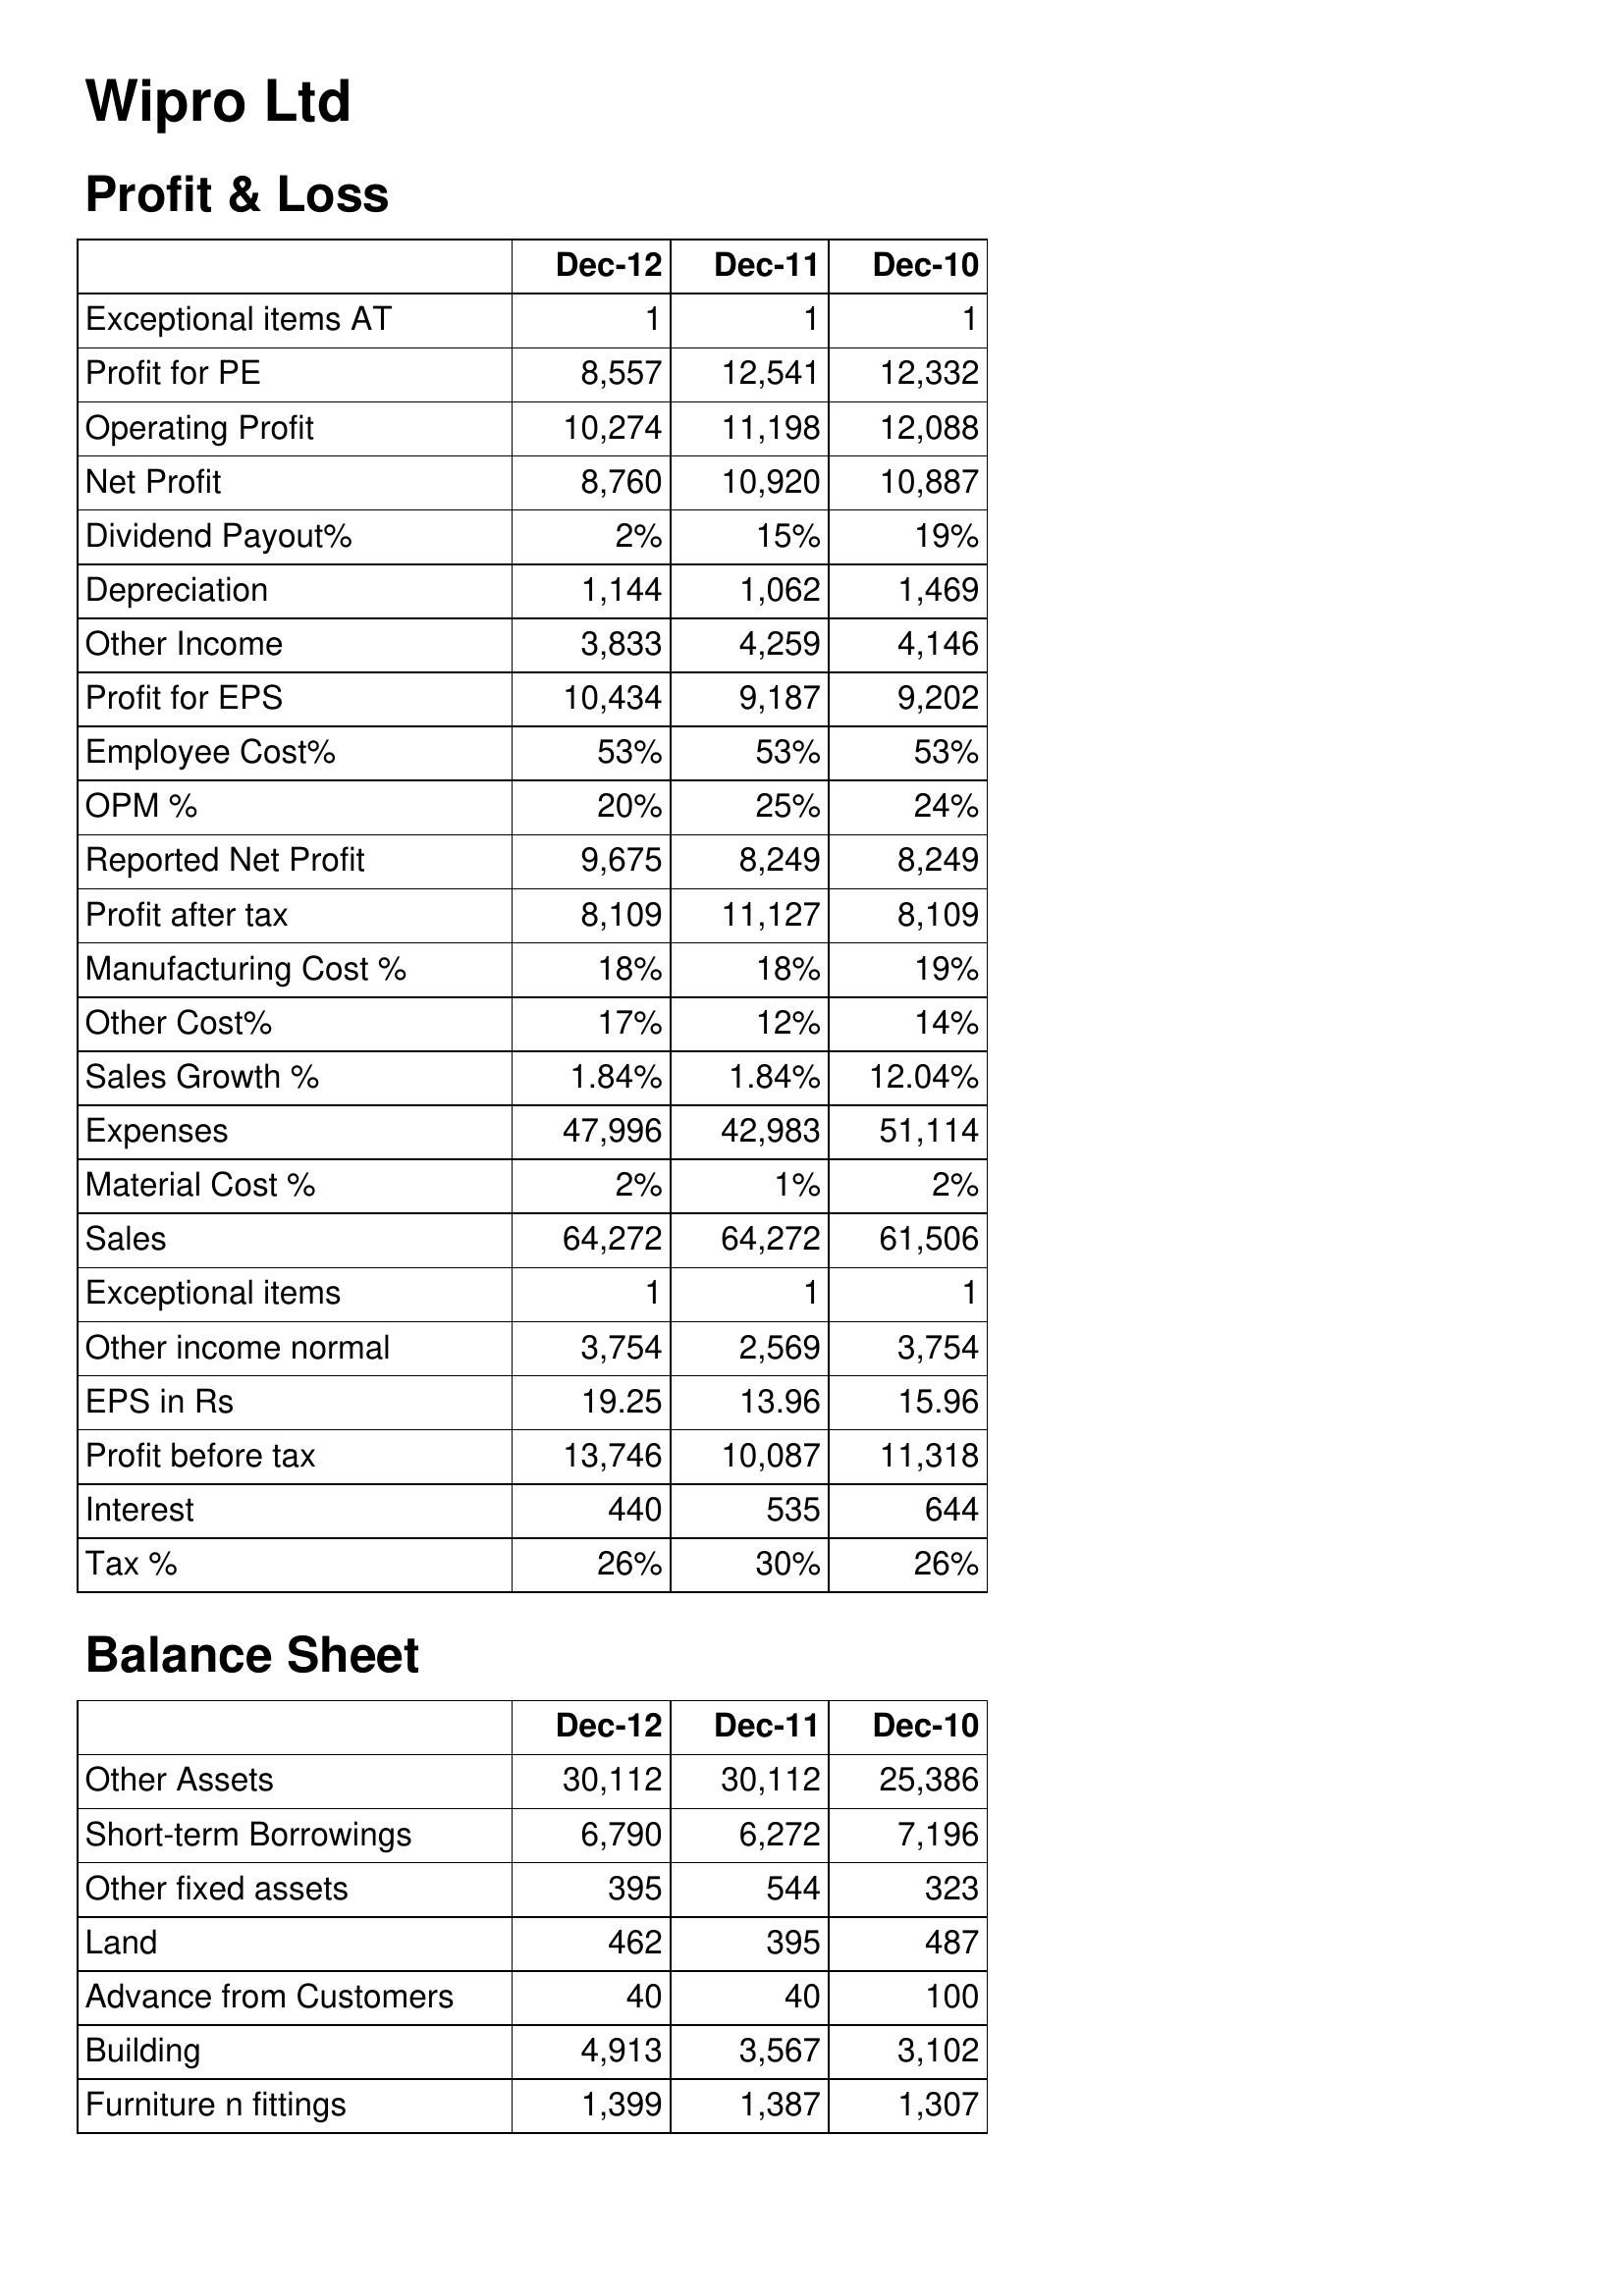
Dec-12: Profit & Loss: Exceptional items AT: 1
Profit for PE: 8,557
Operating Profit: 10,274
Net Profit: 8,760
Dividend Payout%: 2%
Depreciation: 1,144
Other Income: 3,833
Profit for EPS: 10,434
Employee Cost%: 53%
OPM %: 20%
Reported Net Profit: 9,675
Profit after tax: 8,109
Manufacturing Cost %: 18%
Other Cost%: 17%
Sales Growth %: 1.84%
Expenses: 47,996
Material Cost %: 2%
Sales: 64,272
Exceptional items: 1
Other income normal: 3,754
EPS in Rs: 19.25
Profit before tax: 13,746
Interest: 440
Tax %: 26%
Balance Sheet: Other Assets: 30,112
Short-term Borrowings: 6,790
Other fixed assets: 395
Land: 462
Advance from Customers: 40
Building: 4,913
Furniture n fittings: 1,399
Dec-11: Profit & Loss: Exceptional items AT: 1
Profit for PE: 12,541
Operating Profit: 11,198
Net Profit: 10,920
Dividend Payout%: 15%
Depreciation: 1,062
Other Income: 4,259
Profit for EPS: 9,187
Employee Cost%: 53%
OPM %: 25%
Reported Net Profit: 8,249
Profit after tax: 11,127
Manufacturing Cost %: 18%
Other Cost%: 12%
Sales Growth %: 1.84%
Expenses: 42,983
Material Cost %: 1%
Sales: 64,272
Exceptional items: 1
Other income normal: 2,569
EPS in Rs: 13.96
Profit before tax: 10,087
Interest: 535
Tax %: 30%
Balance Sheet: Other Assets: 30,112
Short-term Borrowings: 6,272
Other fixed assets: 544
Land: 395
Advance from Customers: 40
Building: 3,567
Furniture n fittings: 1,387
Dec-10: Profit & Loss: Exceptional items AT: 1
Profit for PE: 12,332
Operating Profit: 12,088
Net Profit: 10,887
Dividend Payout%: 19%
Depreciation: 1,469
Other Income: 4,146
Profit for EPS: 9,202
Employee Cost%: 53%
OPM %: 24%
Reported Net Profit: 8,249
Profit after tax: 8,109
Manufacturing Cost %: 19%
Other Cost%: 14%
Sales Growth %: 12.04%
Expenses: 51,114
Material Cost %: 2%
Sales: 61,506
Exceptional items: 1
Other income normal: 3,754
EPS in Rs: 15.96
Profit before tax: 11,318
Interest: 644
Tax %: 26%
Balance Sheet: Other Assets: 25,386
Short-term Borrowings: 7,196
Other fixed assets: 323
Land: 487
Advance from Customers: 100
Building: 3,102
Furniture n fittings: 1,307